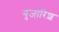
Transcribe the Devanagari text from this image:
गुजा़रिश